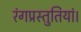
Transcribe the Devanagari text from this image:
रंगप्रस्तुतियां।